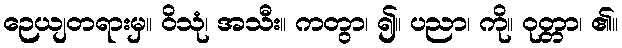
ဉေယျတရားမှ။ ဝိသုံ၊ အသီး။ ကတွာ၊ ၍။ ပညာ၊ ကို။ ဝုတ္တာ၊ ၏။